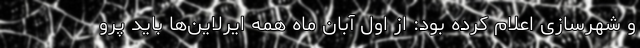
و شهرسازی اعلام کرده بود: از اول آبان ماه همه ایرلاین‌ها باید پرو